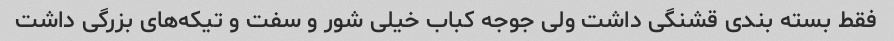
فقط بسته بندی قشنگی داشت ولی جوجه کباب خیلی شور و سفت و تیکه‌های بزرگی داشت